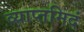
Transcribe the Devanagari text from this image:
व्याप्तमिदं